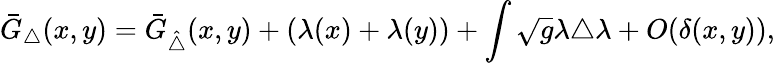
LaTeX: \bar{G}_{\triangle}(x,y)=\bar{G}_{\hat{\triangle}}(x,y)+(\lambda(x)+\lambda(y))+\int\sqrt{g}\lambda{\triangle}\lambda+O(\delta(x,y)),